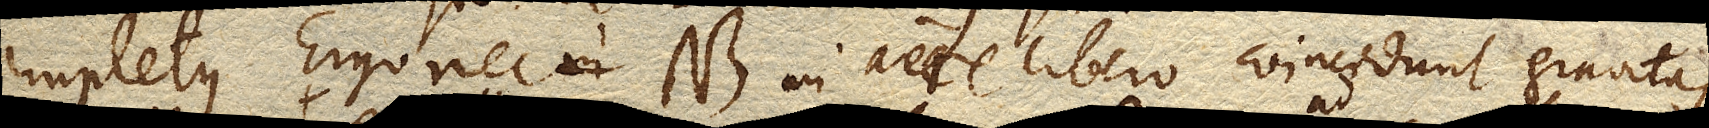
impletus. Ergo nec NB in aere libero coincidunt gravitas